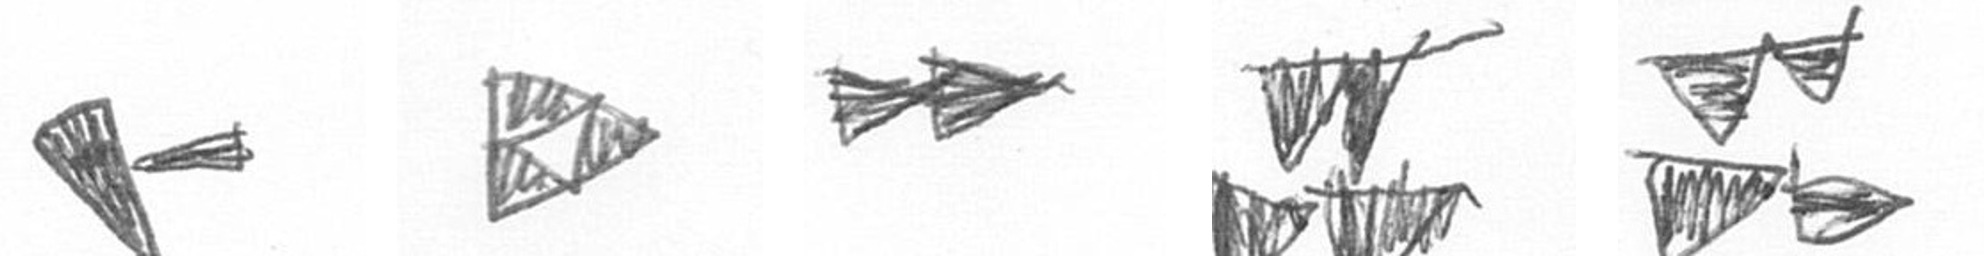
F K A B B